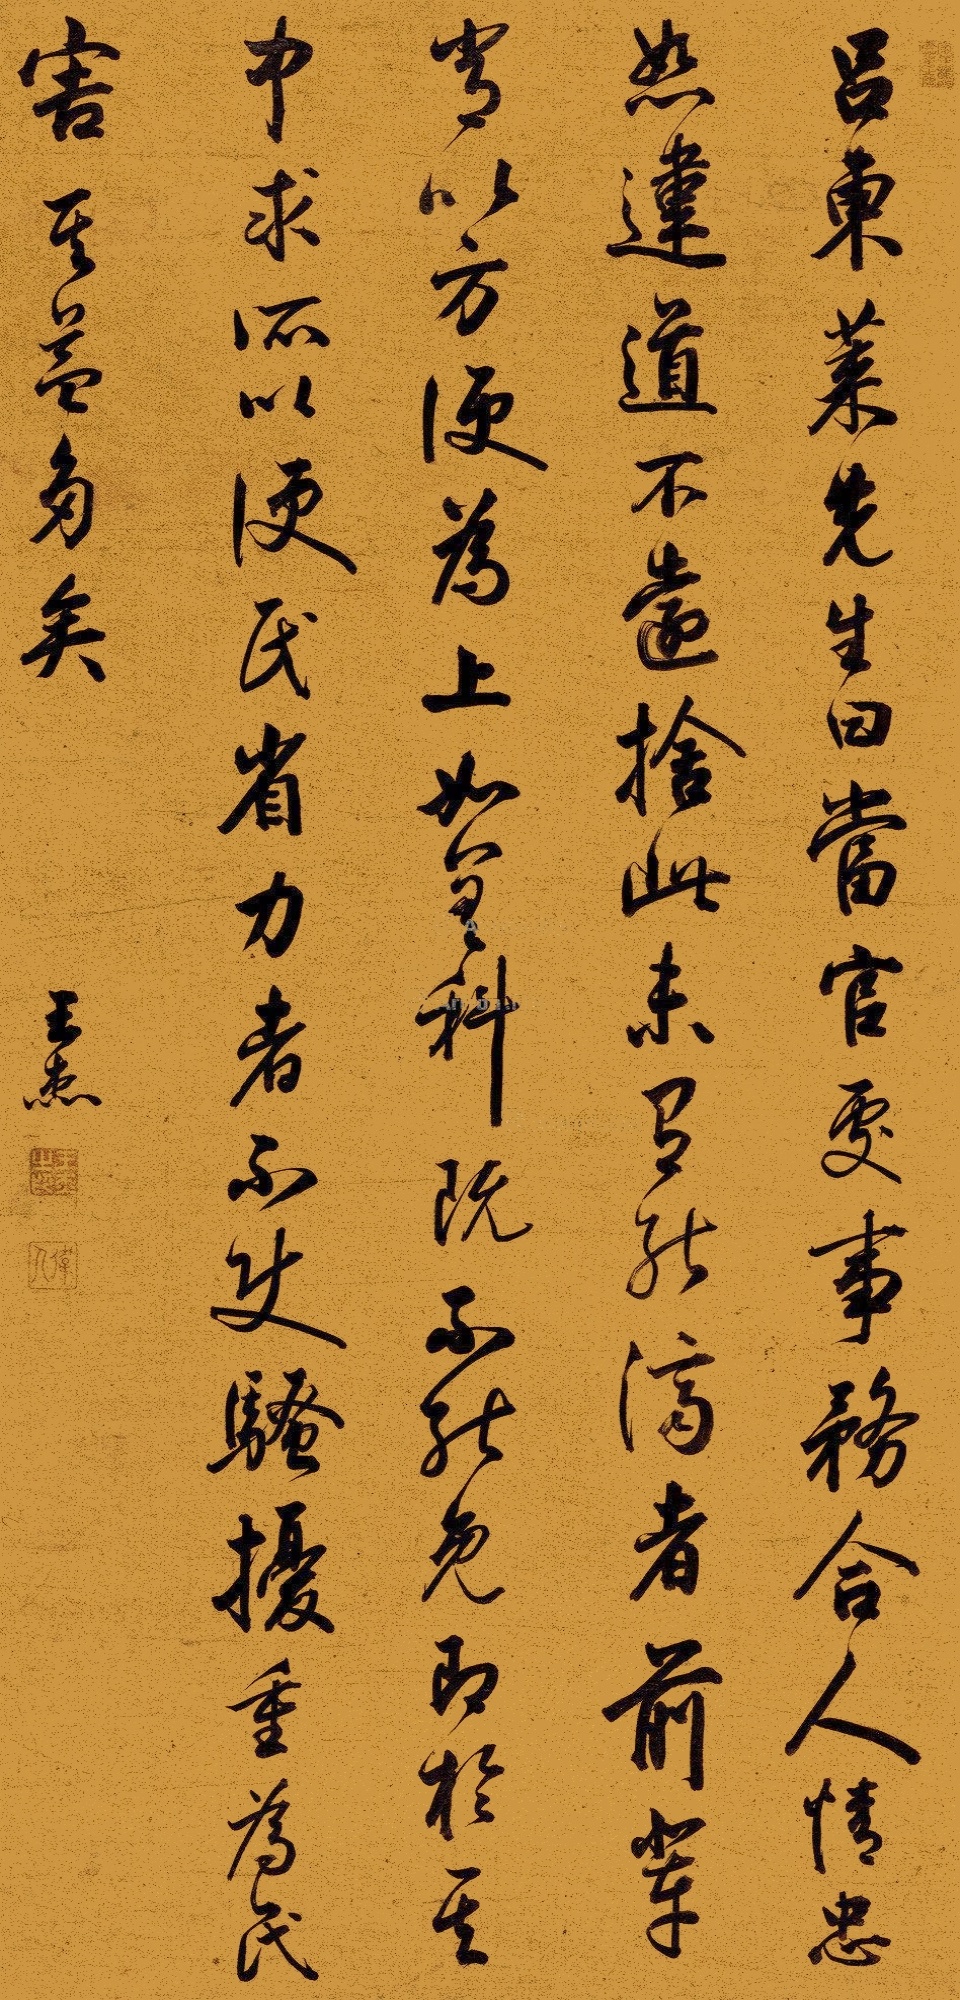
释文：吕东莱先生曰：当官处事务合人情，忠恕违道不远，舍此未有能济者。前辈当以方便为上，如差科既不能免，即于其中求所以便民省力者，不使骚扰重为民害，其益多矣。王杰。